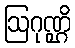
ဩဂုဏ္ဌိ